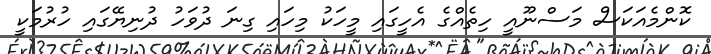
ކޮންމެއަކަސް މަސްނޫއީ ހިތެއްގެ އެހީގައި މީހަކު މިހައި ގިނަ ދުވަހު ދުނިޔޭގައި ހުރުމަކީ